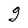
Character: g